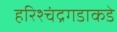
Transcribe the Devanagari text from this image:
हरिश्चंद्रगडाकडे